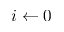
i \gets 0